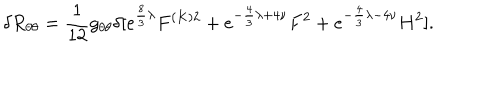
\delta R _ { \theta \theta } = \frac { 1 } { 1 2 } g _ { \theta \theta } \delta [ e ^ { \frac { 8 } { 3 } \lambda } F ^ { ( K ) 2 } + e ^ { - \frac { 4 } { 3 } \lambda + 4 \nu } F ^ { 2 } + e ^ { - \frac { 4 } { 3 } \lambda - 4 \nu } H ^ { 2 } ] .